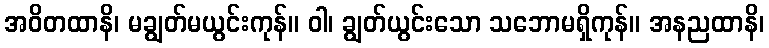
အဝိတထာနိ၊ မချွတ်မယွင်းကုန်။ ဝါ၊ ချွတ်ယွင်းသော သဘောမရှိကုန်။ အနညထာနိ၊